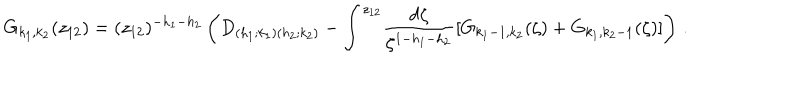
G _ { k _ { 1 } , k _ { 2 } } ( z _ { 1 2 } ) = ( z _ { 1 2 } ) ^ { - h _ { 1 } - h _ { 2 } } \left( D _ { ( h _ { 1 } ; k _ { 1 } ) ( h _ { 2 } ; k _ { 2 } ) } - \int ^ { z _ { 1 2 } } \! \frac { \mathrm { d } \zeta } { \zeta ^ { 1 - h _ { 1 } - h _ { 2 } } } [ G _ { k _ { 1 } - 1 , k _ { 2 } } ( \zeta ) + G _ { k _ { 1 } , k _ { 2 } - 1 } ( \zeta ) ] \right) \, .